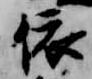
依